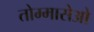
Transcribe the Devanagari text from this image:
तोम्मासेओ